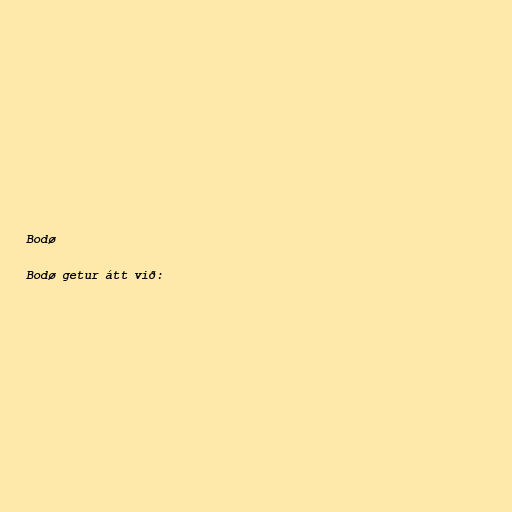
Bodø

Bodø getur átt við: